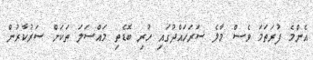
އެންމެ ފުރަތަމަ ވެސް މާލެ ސަރަހައްދުގައި ހުރި ބޮޑެތި މައްސަލަ ތަކަށް ސަރުކާރުން